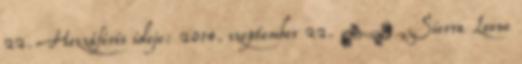
22. Hozzáférés ideje: 2014. szeptember 22. ↑ „Sierra Leone